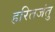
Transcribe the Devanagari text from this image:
हरितजंतु